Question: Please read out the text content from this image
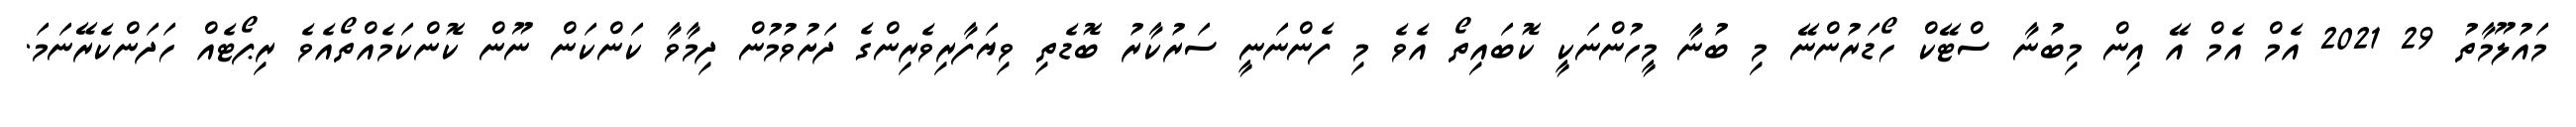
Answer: މައުލޫމާތު 29 2021 އެމް އެމް އޭ އިން މިބުނާ ސްޓޭކް ހޯޑަރުންނޭ މި ބުނާ މީހުންނަކީ ކޮބައިތޯ އެވެ މި ފެންނަނީ ސަރުކާރު ބޮޑެތި ވިޔަފާރިވެރިންގެ ދަށުވުމުން ދިމާވާ ކަންކަން ނޫން ކޮންކަމެއްތޯއެވެ ރިޕޯޓެއް ހަދަންކެރޭނަމަ.